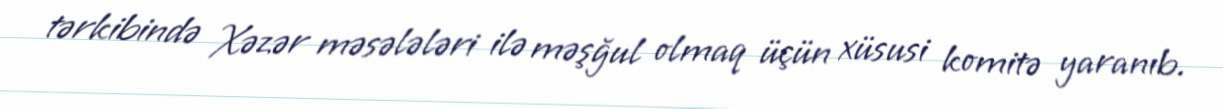
tərkibində Xəzər məsələləri ilə məşğul olmaq üçün xüsusi komitə yaranıb.